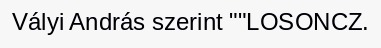
Vályi András szerint ""LOSONCZ.